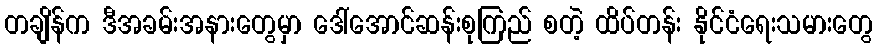
တချိန်က ဒီအခမ်းအနားတွေမှာ ဒေါ်အောင်ဆန်းစုကြည် စတဲ့ ထိပ်တန်း နိုင်ငံရေးသမားတွေ